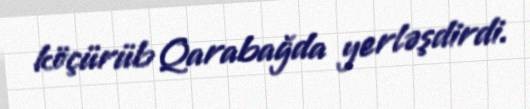
köçürüb Qarabağda yerləşdirdi.